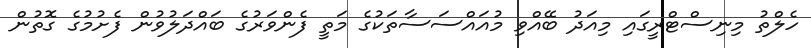
ހެލްތު މިނިސްޓްރީގައި މިއަދު ބޭއްވި މުއައްސަސާތަކުގެ މަތީ ފެންވަރުގެ ބައްދަލުވުން ފެށުމުގެ ގޮތުން